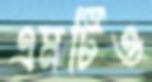
এমটিও